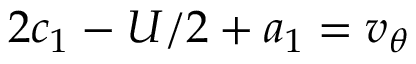
2 c _ { 1 } - U / 2 + a _ { 1 } = v _ { \theta }